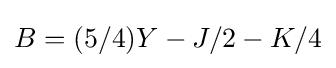
B=(5/4)Y-J/2-K/4